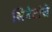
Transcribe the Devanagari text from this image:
सिनेटांचे